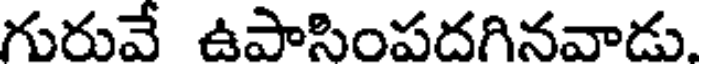
గురువే ఉపాసింపదగినవాడు.